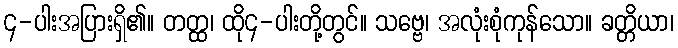
၄-ပါးအပြားရှိ၏။ တတ္ထ၊ ထို၄-ပါးတို့တွင်။ သဗ္ဗေ၊ အလုံးစုံကုန်သော။ ခတ္တိယာ၊